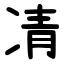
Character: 凊